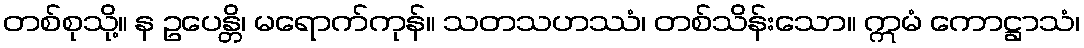
တစ်စုသို့။ န ဥပေန္တိ၊ မရောက်ကုန်။ သတသဟဿံ၊ တစ်သိန်းသော။ ဣမံ ကောဋ္ဌာသံ၊